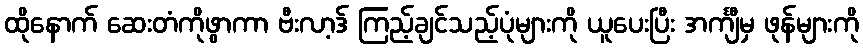
ထိုနောက် ဆေးတံကိုဖွာကာ ဗီးလာ့ဒ် ကြည့်ချင်သည့်ပုံများကို ယူပေးပြီး အင်္ကျီမှ ဖုန်များကို